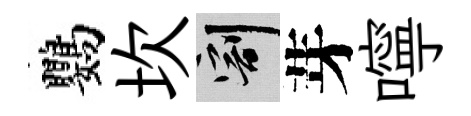
鸚坎割芽嚀